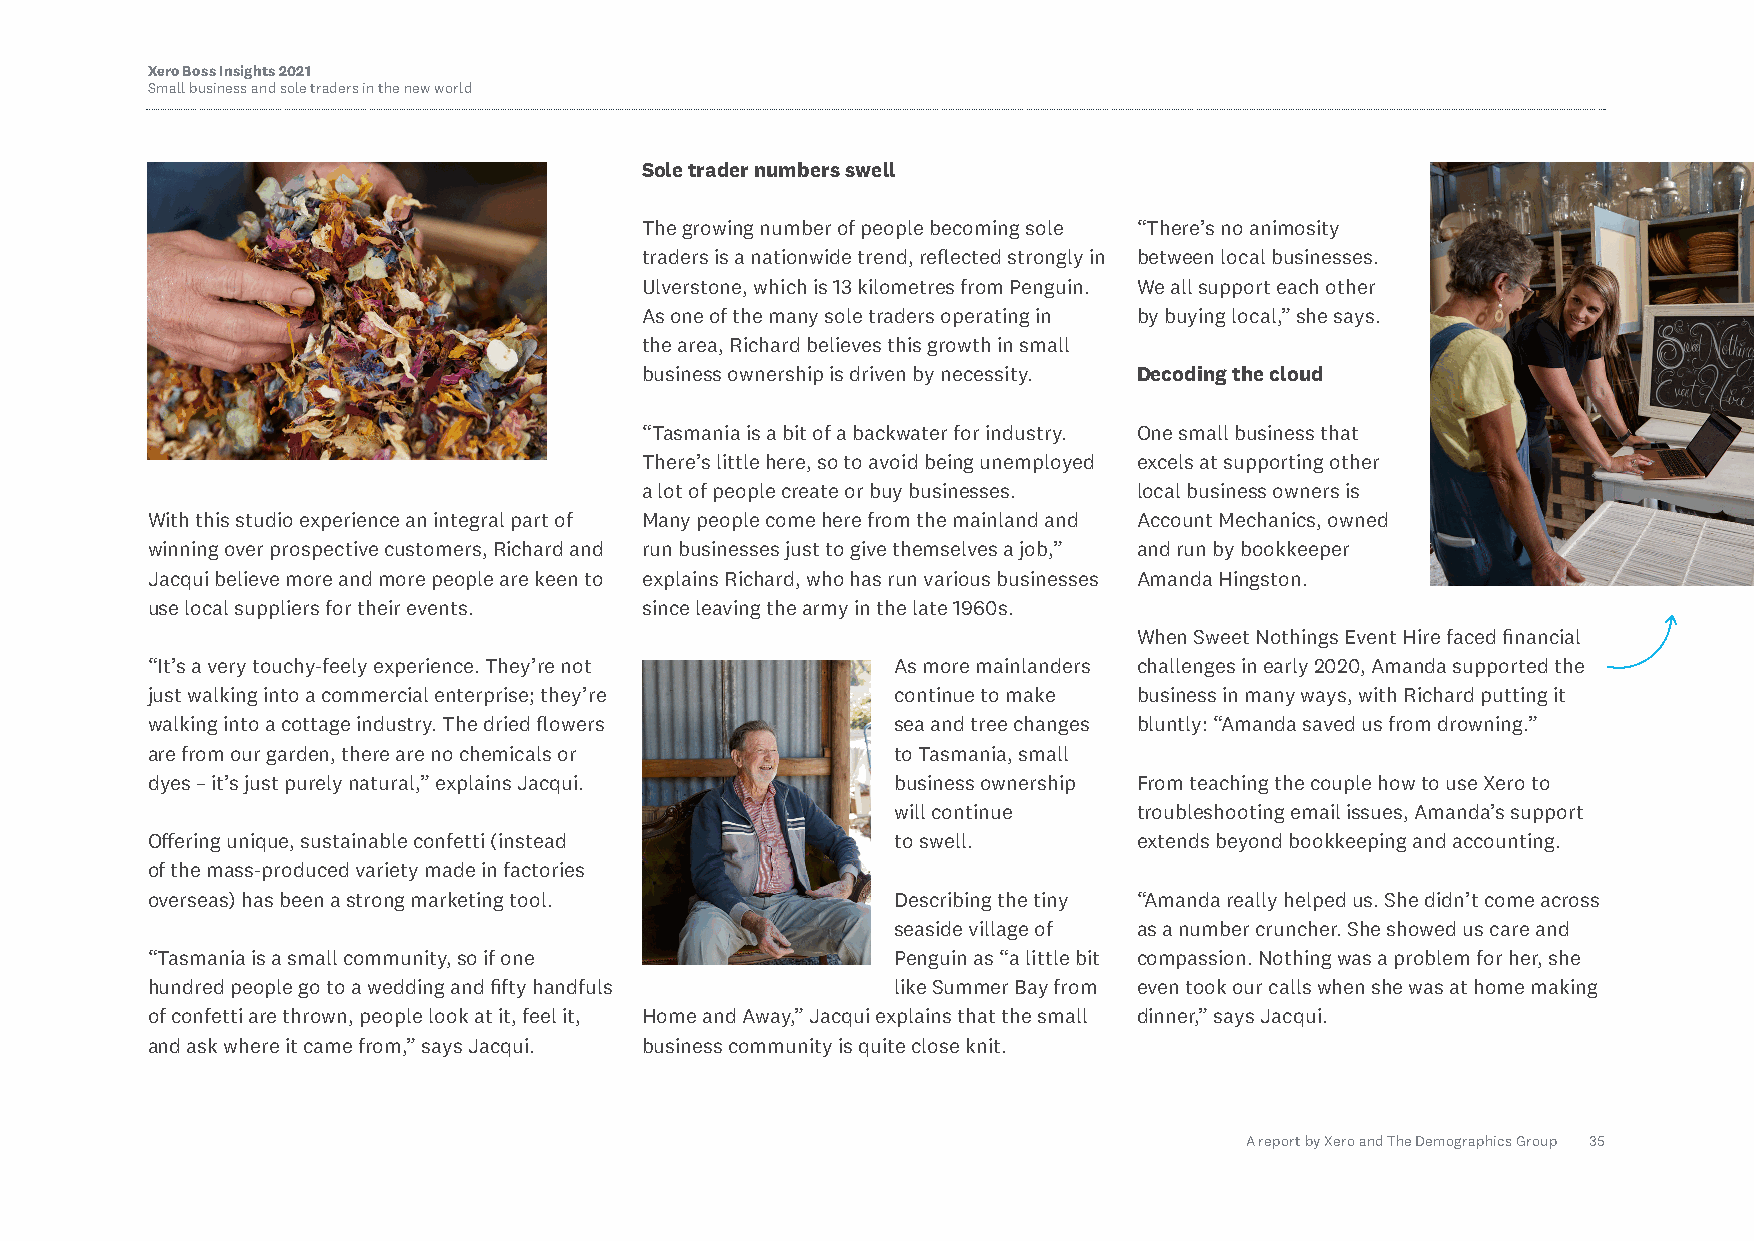
Xero Boss Insights 2021
 Small business and sole traders in the new world
 Sole trader numbers swell
 The growing number of people becoming sole “There’s no animosity
 traders is a nationwide trend, reflected strongly in between local businesses.
 Ulverstone, which is 13 kilometres from Penguin. We all support each other
 As one of the many sole traders operating in by buying local,” she says.
 the area, Richard believes this growth in small
 business ownership is driven by necessity. Decoding the cloud
 “Tasmania is a bit of a backwater for industry. One small business that
 There’s little here, so to avoid being unemployed excels at supporting other
 a lot of people create or buy businesses. local business owners is
 With this studio experience an integral part of Many people come here from the mainland and Account Mechanics, owned
 winning over prospective customers, Richard and run businesses just to give themselves a job,” and run by bookkeeper
 Jacqui believe more and more people are keen to explains Richard, who has run various businesses Amanda Hingston.
 use local suppliers for their events. since leaving the army in the late 1960s.
 When Sweet Nothings Event Hire faced financial
 “It’s a very touchy-feely experience. They’re not As more mainlanders challenges in early 2020, Amanda supported the
 just walking into a commercial enterprise; they’re continue to make business in many ways, with Richard putting it
 walking into a cottage industry. The dried flowers sea and tree changes bluntly: “Amanda saved us from drowning.”
 are from our garden, there are no chemicals or   to Tasmania, small
 dyes – it’s just purely natural,” explains Jacqui. business ownership From teaching the couple how to use Xero to
 will continue   troubleshooting email issues, Amanda’s support
 Offering unique, sustainable confetti (instead   to swell.       extends beyond bookkeeping and accounting.
 of the mass-produced variety made in factories
 overseas) has been a strong marketing tool.      Describing the tiny “Amanda really helped us. She didn’t come across
 seaside village of as a number cruncher. She showed us care and
 “Tasmania is a small community, so if one        Penguin as “a little bit compassion. Nothing was a problem for her, she
 hundred people go to a wedding and fifty handfuls like Summer Bay from even took our calls when she was at home making
 of confetti are thrown, people look at it, feel it, Home and Away,” Jacqui explains that the small dinner,” says Jacqui.
 and ask where it came from,” says Jacqui. business community is quite close knit.
 A report by Xero and The Demographics Group 35